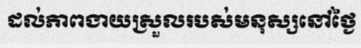
ដល់ភាពងាយស្រួលរបស់មនុស្សនៅថ្ងៃ